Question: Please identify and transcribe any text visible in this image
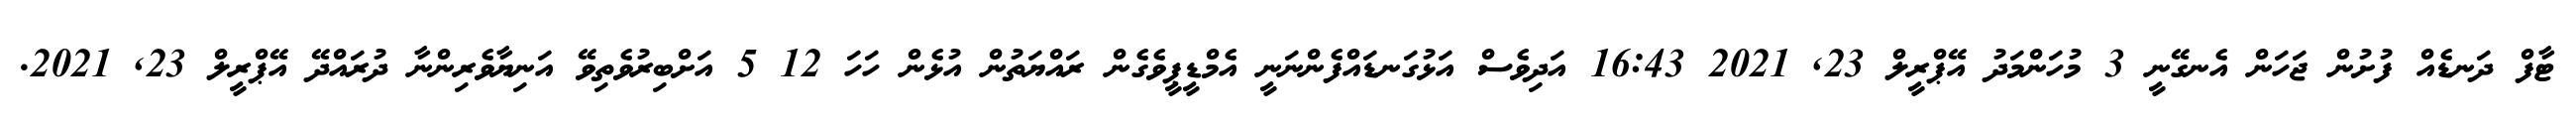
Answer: ޓާފް ދަނޑެއް ފުށުން ޖަހަން އެނގޭނީ 3 މުހަންމަދު އޭޕްރީލް 23, 2021 16:43 އަދިވެސް އަޅުގަނޑައްފެންނަނީ އެމްޑީޕީވެގެން ރައްޔަތުން އުޅެން ހަހަ 12 5 އަށްބިރުވެތިވޭ އަނިޔާވެރިންނާ ދުރައްދޭ އޭޕްރީލް 23, 2021.